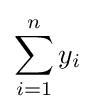
\sum _{i=1}^{n}y_{i}